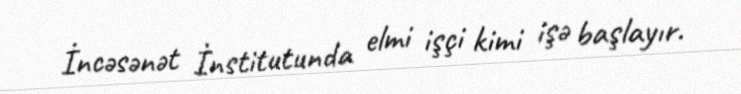
İncəsənət İnstitutunda elmi işçi kimi işə başlayır.